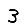
Digit: 3